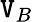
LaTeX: \mathtt{V}_{B}